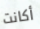
أكانت